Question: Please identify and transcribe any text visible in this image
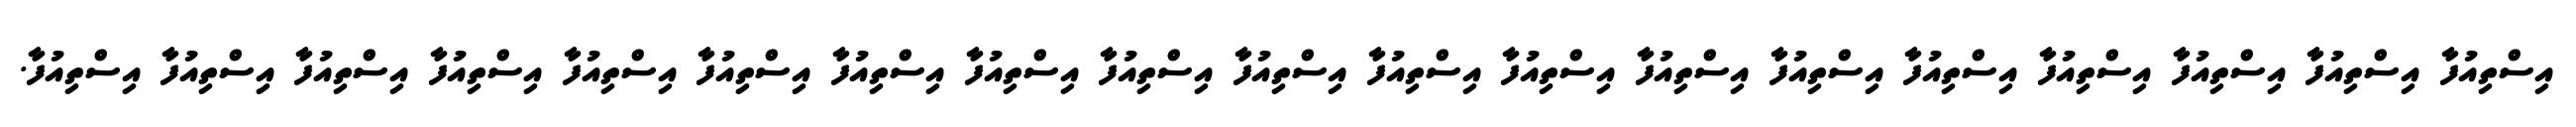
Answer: އިސްތިއުފާ އިސްތިއުފާ އިސްތިއުފާ އިސްތިއުފާ އިސްތިއުފާ އިސްތިއުފާ އިސްތިއުފާ އިސްތިއުފާ އިސްތިއުފާ އިސްތިއުފާ އިސްތިއުފާ އިސްތިއުފާ އިސްތިއުފާ އިސްތިއުފާ އިސްތިއުފާ އިސްތިއުފާ އިސްތިއުފާ އިސްތިއުފާ އިސްތިއުފާ.